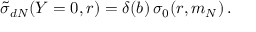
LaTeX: \tilde { \sigma } _ { d N } ( Y = 0 , r ) = \delta ( b ) \, \sigma _ { 0 } ( r , m _ { N } ) \, .